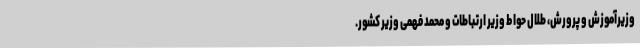
وزیرآموزش و پرورش، طلال حواط وزیر ارتباطات و محمد فهمی وزیر کشور.